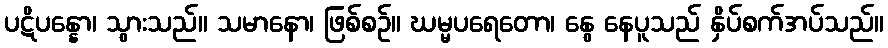
ပဋိပန္နော၊ သွားသည်။ သမာနော၊ ဖြစ်စဉ်။ ဃမ္မပရေတော၊ နွေ နေပူသည် နှိပ်စက်အပ်သည်။